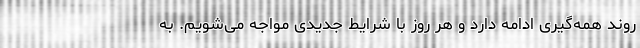
روند همه‌گیری ادامه دارد و هر روز با شرایط جدیدی مواجه می‌شویم. به